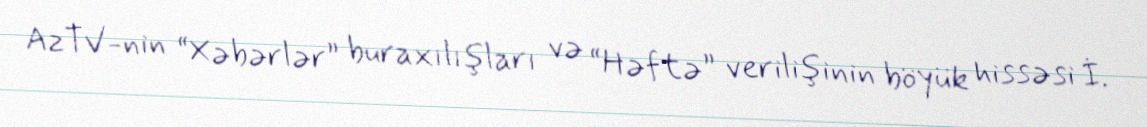
AzTV-nin “Xəbərlər” buraxılışları və “Həftə” verilişinin böyük hissəsi İ.